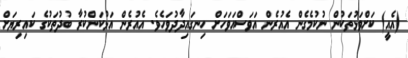
(އެއީ) ކަށްވަޅުތަކުން ނުކުމެގެން އެއުރެން އަވަސްއަވަހަށް ހިނގައިދާދުވަހެވެ. އެއުރެން އަޅުކަންކުރާ ބުދުތަކުގެ ކައިރިޔަށް